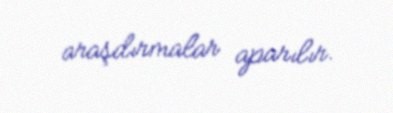
araşdırmalar aparılır.